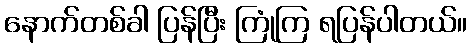
နောက်တစ်ခါ ပြန်ပြီး ကြုံကြ ရပြန်ပါတယ်။